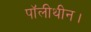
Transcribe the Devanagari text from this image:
पॉलीथीन।